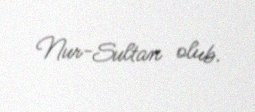
Nur-Sultan olub.